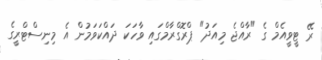
ރޭ ޓީވީއެމް ގެ "ރާއްޖެ މިއަދު" ޕްރޮގްރާމްގައި ވާހަކަ ދައްކަވަމުން އެ މިނިސްޓްރީގެ